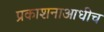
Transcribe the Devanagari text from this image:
प्रकाशनाआधीच